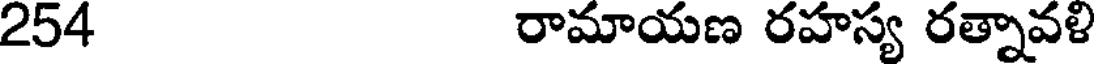
254 రామాయణ రహస్య రత్నావళి